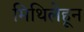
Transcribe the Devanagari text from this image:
मिथिलेहून